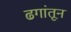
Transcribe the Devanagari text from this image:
ढगांतून